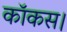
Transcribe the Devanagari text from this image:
कॉकस।